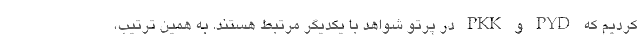
کردیم که PYD و PKK در پرتو شواهد با یکدیگر مرتبط هستند. به همین ترتیب،